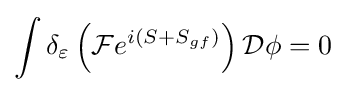
\int \delta _{\varepsilon }\left({\mathcal {F}}e^{i\left(S+S_{gf}\right)}\right){\mathcal {D}}\phi =0